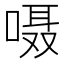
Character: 嗫